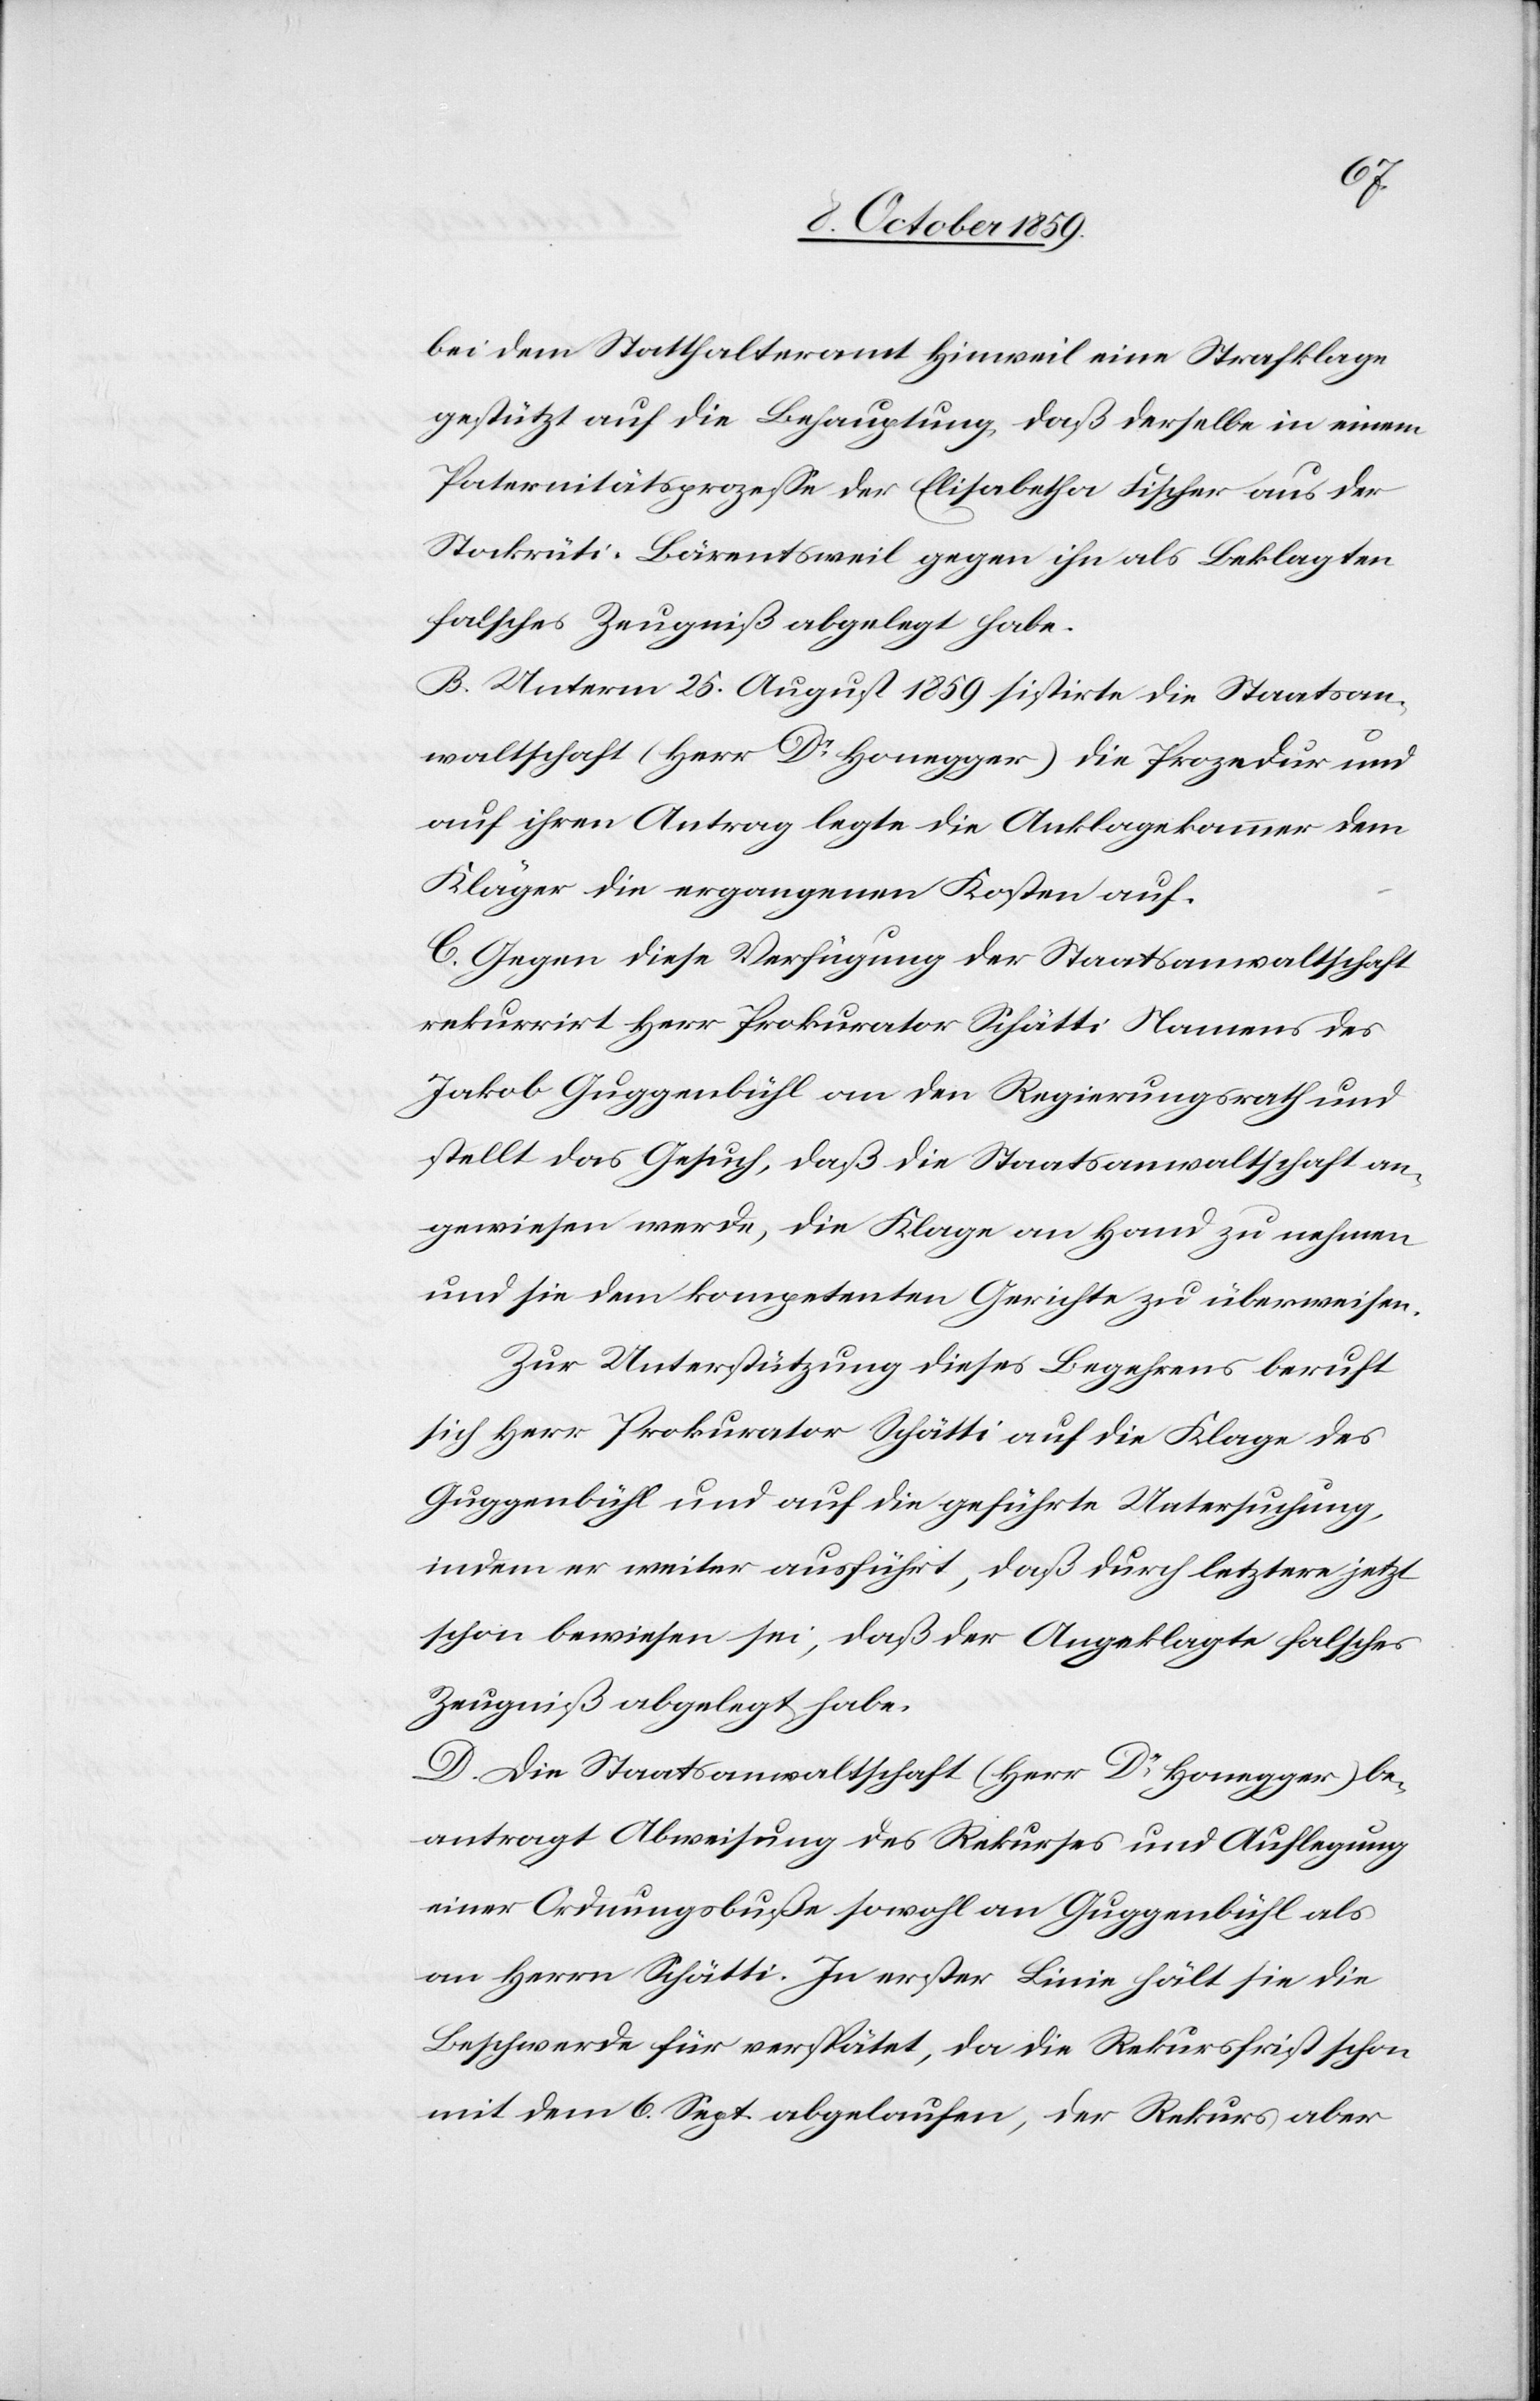
bei dem Statthalteramt Hinweil eine Strafklage
gestützt auf die Behauptung, daß derselbe in einem
Paternitätsprozesse der Elisabetha Fischer aus der
Stockrüti-Bärentsweil gegen ihn als Beklagten
falsches Zeugniß abgelegt habe.
B. Unterm 25. August 1859 sistirte die Staatsan¬
waltschaft (Herr Dr Honegger) die Prozedur und
auf ihren Antrag legte die Anklagekammer dem
Kläger die ergangenen Kosten auf.
C. Gegen diese Verfügung der Staatsanwaltschaft
rekurrirt Herr Prokurator Schätti Namens des
Jakob Guggenbühl an den Regierungsrath und
stellt das Gesuch, daß die Staatsanwaltschaft an¬
gewiesen werde, die Klage an Hand zu nehmen
und sie dem kompetenten Gerichte zu überweisen.
Zur Unterstützung dieses Begehrens beruft
sich Herr Prokurator Schätti auf die Klage des
Guggenbühl und auf die geführte Untersuchung,
indem er weiter ausführt, daß durch letztere jetzt
schon bewiesen sei, daß der Angeklagte falsches
Zeugniß abgelegt habe.
D. Die Staatsanwaltschaft (Herr Dr Honegger) be¬
antragt Abweisung des Rekurses und Auflegung
einer Ordnungsbuße sowohl an Guggenbühl als
an Herrn Schätti. In erster Linie hält sie die
Beschwerde für verspätet, da die Rekursfrist schon
mit dem 6. Sept. abgelaufen, der Rekurs aber